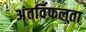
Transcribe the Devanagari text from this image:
अंतर्विफलता